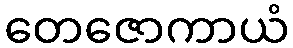
တေဇောကာယံ